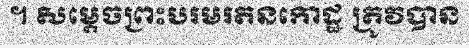
។ សម្តេចព្រះបរមរតនកោដ្ឋ ត្រូវបាន